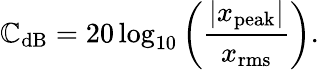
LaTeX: {\mathbb{C}}_{\mathrm{{dB}}}=20\log_{10}\left({\frac{{|x_{\mathrm{{peak}}}|}}{{x_{\mathrm{{rms}}}}}}\right).